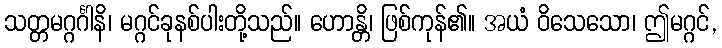
သတ္တမဂ္ဂင်္ဂါနိ၊ မဂ္ဂင်ခုနစ်ပါးတို့သည်။ ဟောန္တိ၊ ဖြစ်ကုန်၏။ အယံ ဝိသေသော၊ ဤမဂ္ဂင်,